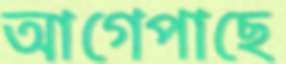
আগেপাছে